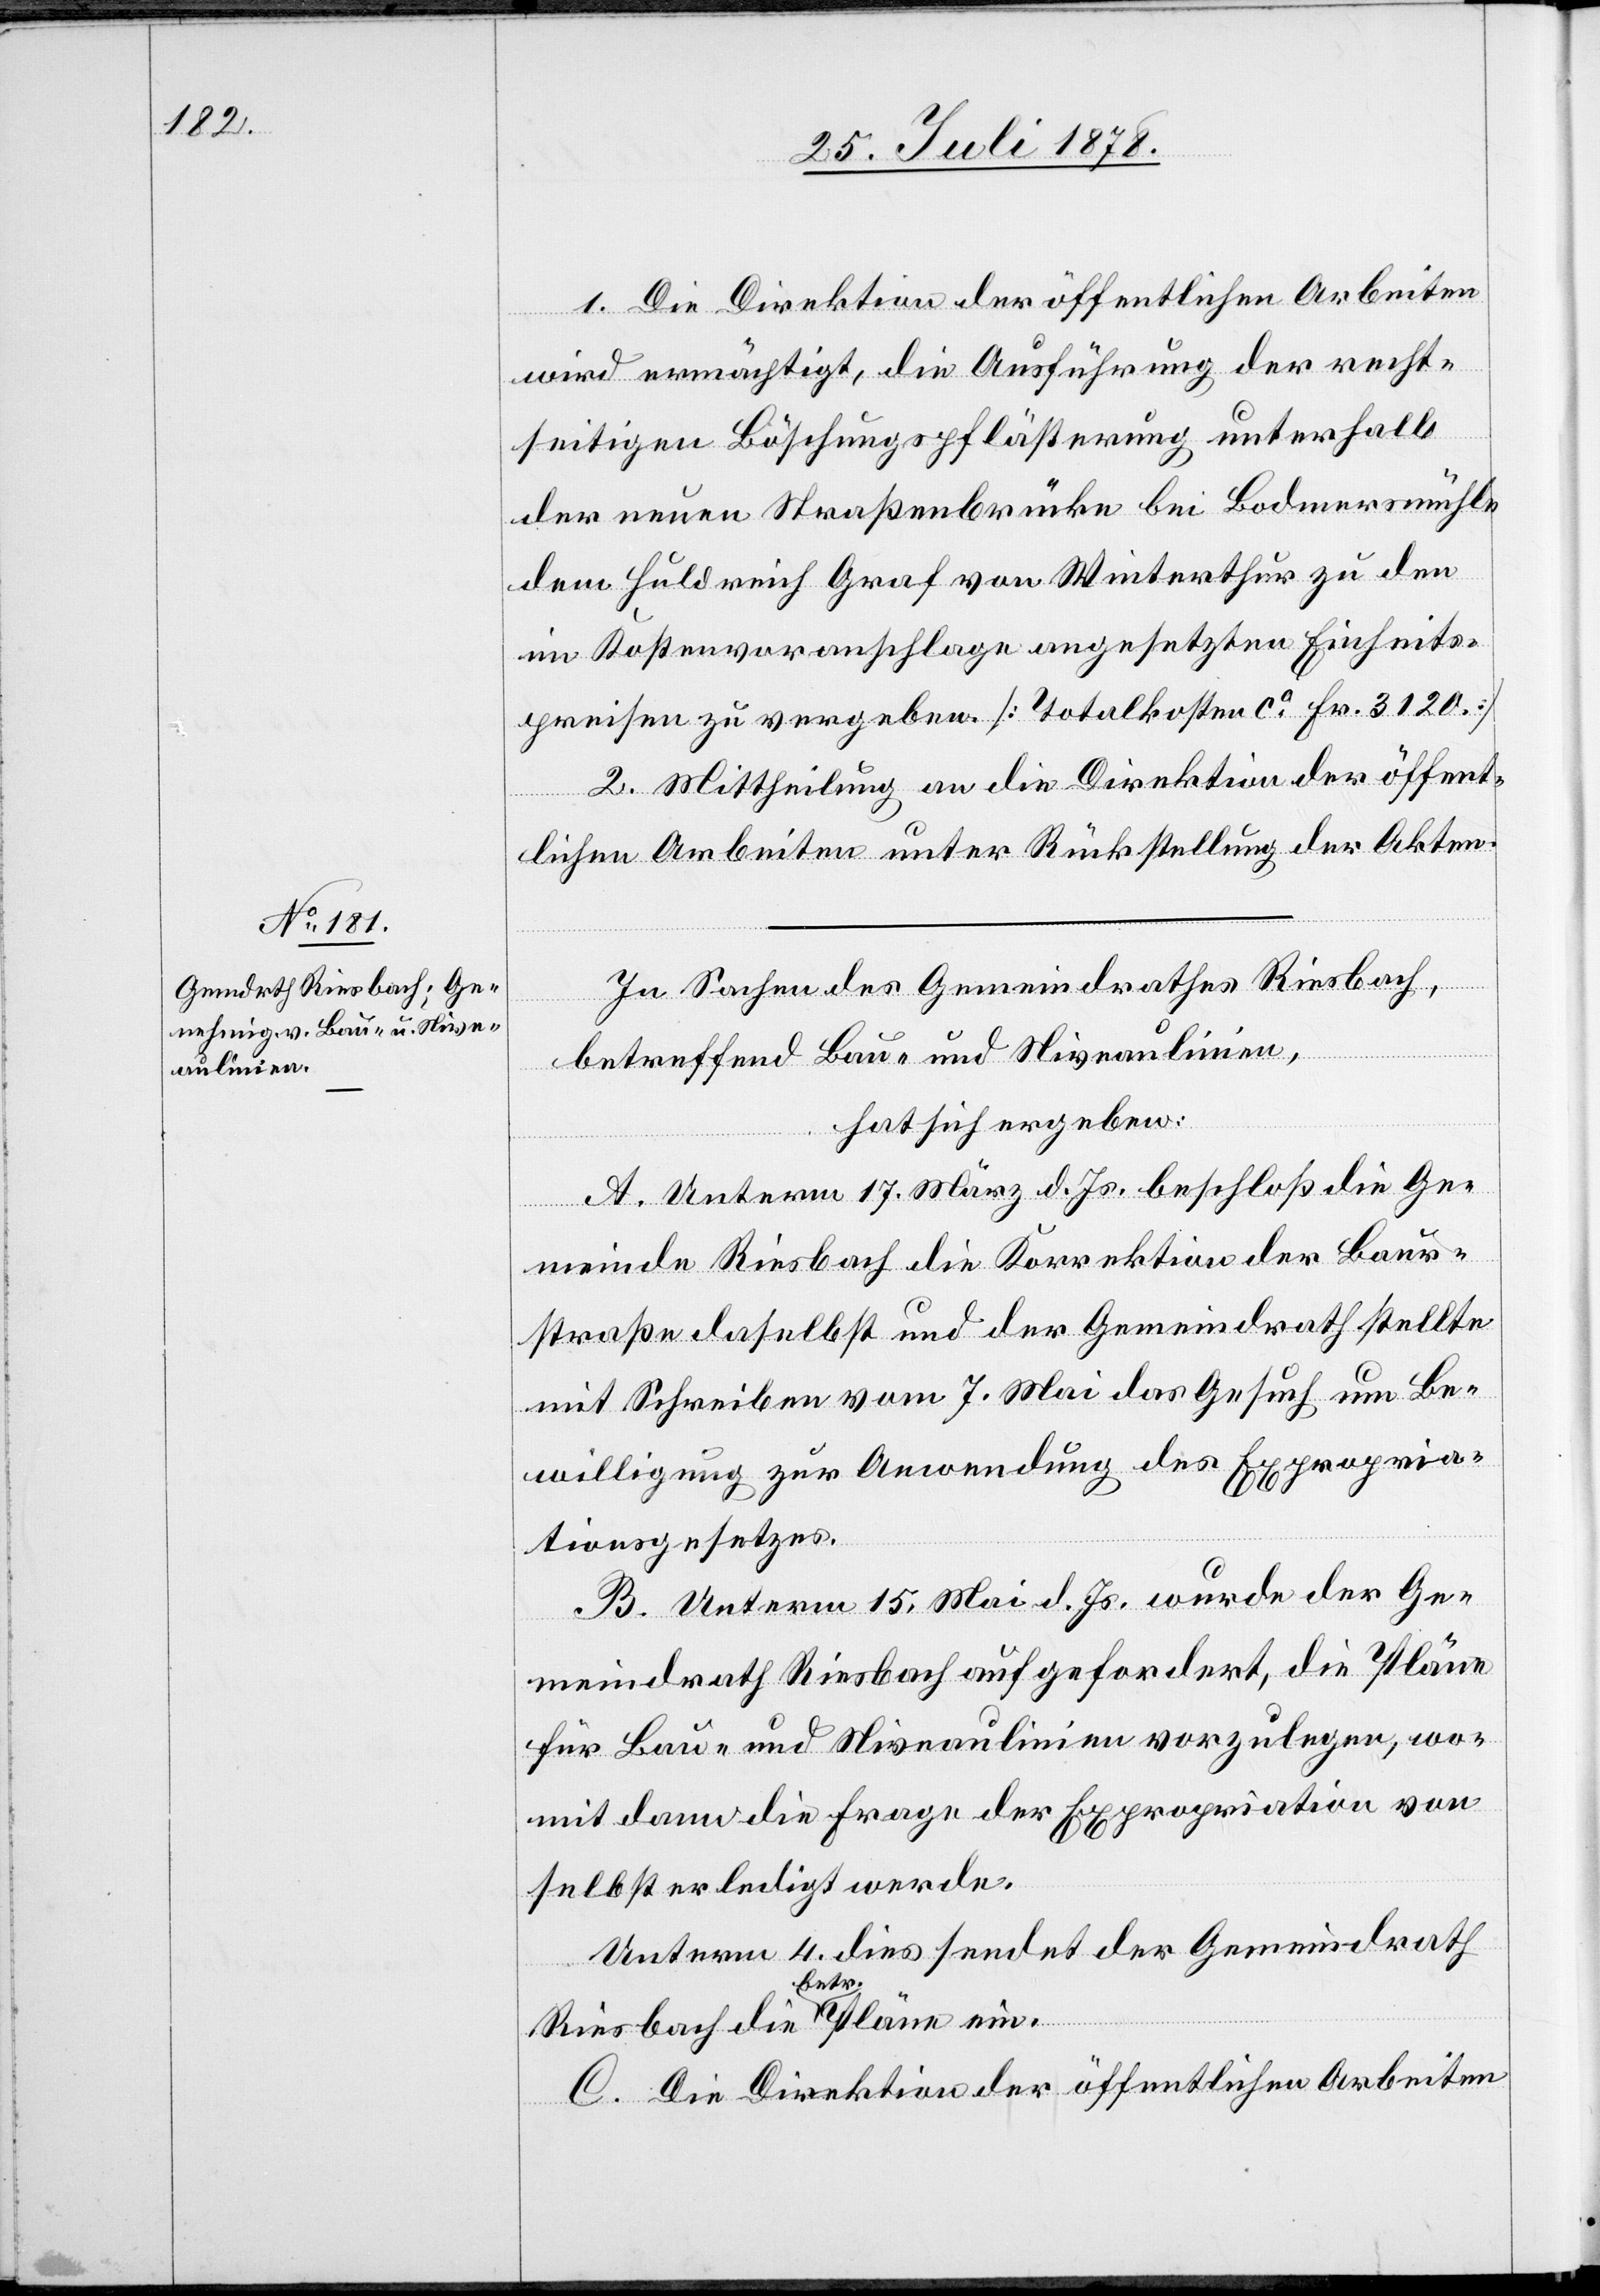
ein.

1. Die Direktion der öffentlichen Arbeiten
wird ermächtigt, die Ausführung der recht¬
seitigen Böschungspflästerung unterhalb
der neuen Straßenbrücke bei Bodmersmühle
dem Huldrich Graf von Winterthur zu den
im Kostenvoranschlage angesetzten Einheits¬
preisen zu vergeben [Totalkosten ca Fr. 3120.]
2. Mittheilung an die Direktion der öffent¬
lichen Arbeiten unter Rückstellung der Akten.
In Sachen des Gemeindrathes Riesbach,
betreffend Bau- und Niveaulinien,
hat sich ergeben:
A. Unterm 17. März d. Js. beschloß die Ge¬
meinde Riesbach die Korrektion der Bau¬
straße daselbst und der Gemeindrath stellte
mit Schreiben vom 7. Mai das Gesuch um Be¬
willigung zur Anwendung des Expropria¬
tionsgesetzes.
B. Unterm 15. Mai d. Js. wurde der Ge¬
meindrath Riesbach aufgefordert, die Pläne
für Bau- und Niveaulinien vorzulegen, wo¬
mit dann die Frage der Expropriation von
selbst erledigt werde.
Unterm 4. dies sendet der Gemeindrath
betr.
C. Die Direktion der öffentlichen Arbeiten